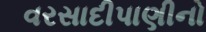
વરસાદીપાણીનો